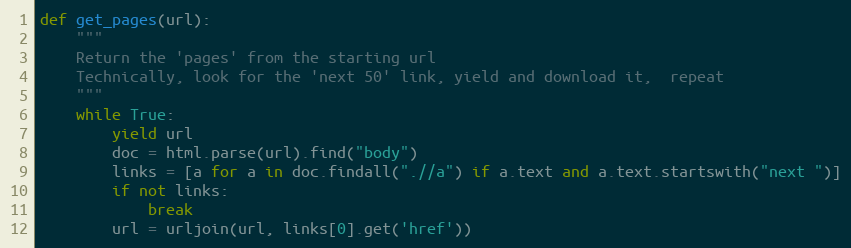
Language: Python
def get_pages(url):
    """
    Return the 'pages' from the starting url
    Technically, look for the 'next 50' link, yield and download it,  repeat
    """
    while True:
        yield url
        doc = html.parse(url).find("body")
        links = [a for a in doc.findall(".//a") if a.text and a.text.startswith("next ")]
        if not links:
            break
        url = urljoin(url, links[0].get('href'))